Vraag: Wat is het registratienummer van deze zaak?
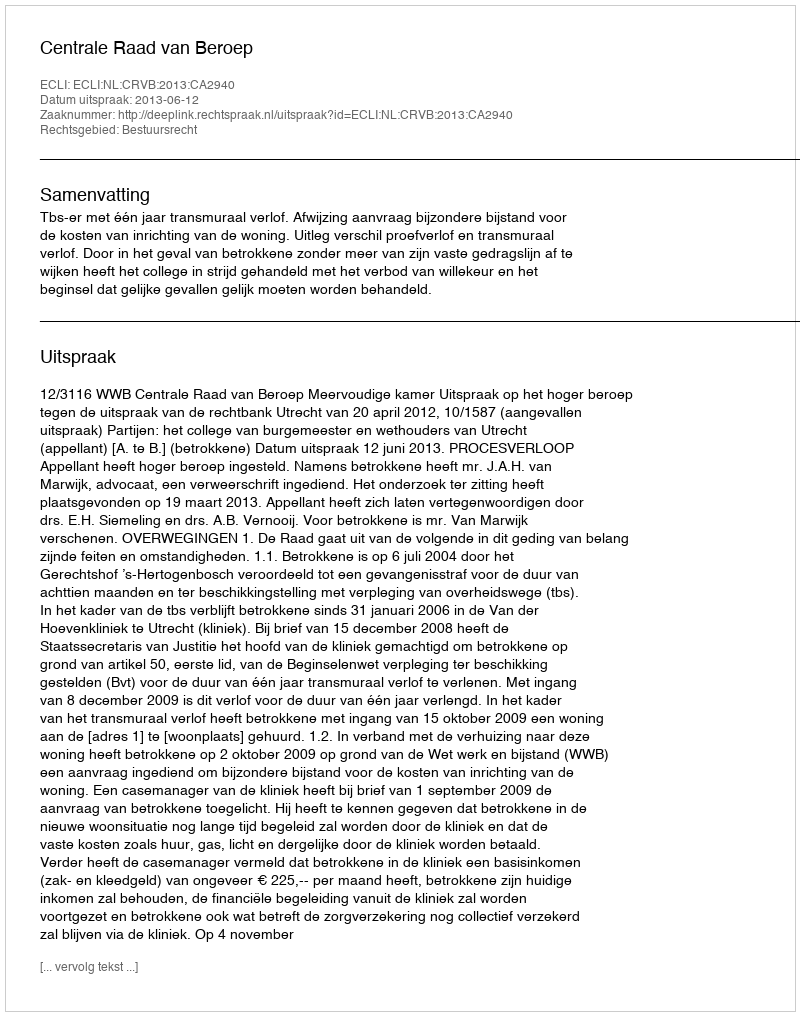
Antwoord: http://deeplink.rechtspraak.nl/uitspraak?id=ECLI:NL:CRVB:2013:CA2940